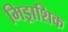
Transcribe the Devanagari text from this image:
मिड्राशिक